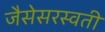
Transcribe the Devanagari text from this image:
जैसेसरस्वती